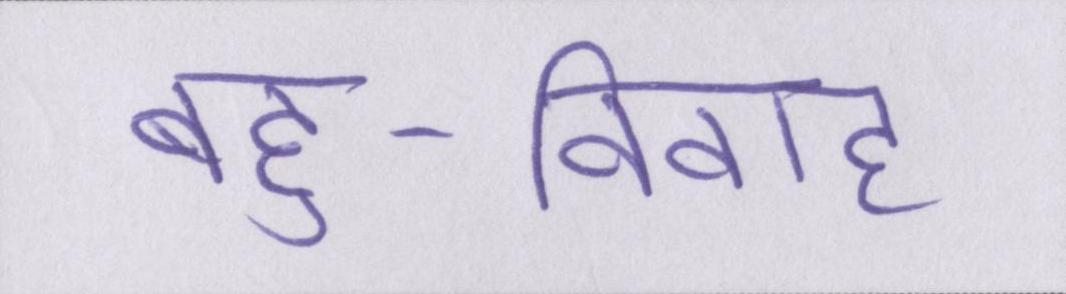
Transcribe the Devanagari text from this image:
बहु-विवाह